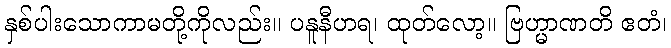
နှစ်ပါးသောကာမတို့ကိုလည်း။ ပနူနီဟရ၊ ထုတ်လော့။ ဗြဟ္မာဏတိ ဧတံ၊